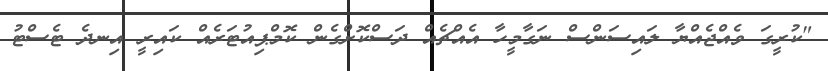
"ކުރީގަ ވެއްޖެއްޔާ ލައިސަންސް ނަގާމީހާ އެއްޗެއް ދަސްކޮށްގެން ކޮމްޕިއުޓަރެއް ކައިރީ އިނދެ ޓެސްޓު